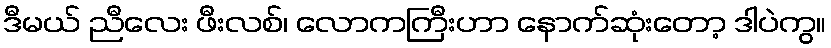
ဒီမယ် ညီလေး ဖီးလစ်၊ လောကကြီးဟာ နောက်ဆုံးတော့ ဒါပဲကွ။